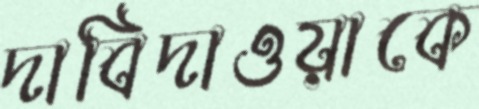
দাবিদাওয়াকে